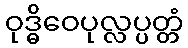
ဝုဒ္ဓိဝေပုလ္လပ္ပတ္တံ